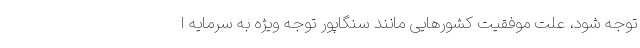
توجه شود، علت موفقیت کشورهایی مانند سنگاپور توجه ویژه به سرمایه ا